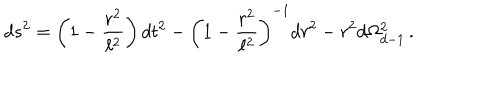
d s ^ { 2 } = \left( 1 - \frac { r ^ { 2 } } { \ell ^ { 2 } } \right) d t ^ { 2 } - \left( 1 - \frac { r ^ { 2 } } { \ell ^ { 2 } } \right) ^ { - 1 } d r ^ { 2 } - r ^ { 2 } d \Omega _ { d - 1 } ^ { 2 } \, .